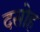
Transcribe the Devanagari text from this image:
दसोह